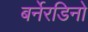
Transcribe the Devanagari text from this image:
बर्नेरडिनो